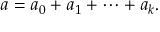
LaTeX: a = a _ { 0 } + a _ { 1 } + \cdots + a _ { k } .